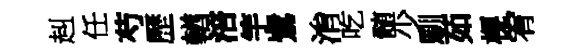
赳任芍歷輶涪竽鷺㳙吃髄少馴茹榥宥